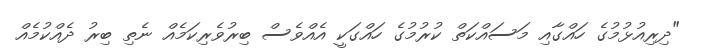
"ދިރިއުޅުމުގެ ހައްގާއި މަސައްކަތް ކުރުމުގެ ހައްގަކީ އެއްވެސް ބިރުވެރިކަމެއް ނެތި ބިރު ދެއްކުމެއް